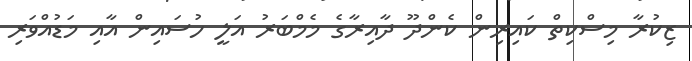
ޒިކުރާ މިސްކިތް ކައިރިން ކެންދޫ ދާއިރާގެ މެމްބަރު އަލީ ހުސައިން އާއި މަޑުއްވަރި